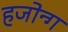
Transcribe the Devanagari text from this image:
हजोन्ग